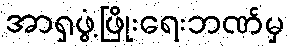
အာရှဖွံ့ဖြိုးရေးဘဏ်မှ